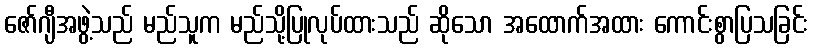
ဇော်ဂျီအဖွဲ့သည် မည်သူက မည်သို့ပြုလုပ်ထားသည် ဆိုသော အထောက်အထား ကောင်းစွာပြသခြင်း